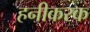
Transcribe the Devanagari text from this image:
हनीकरक